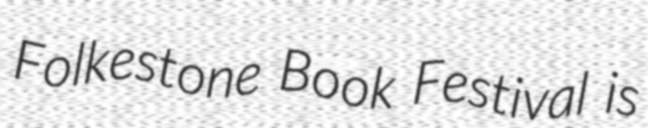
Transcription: Folkestone Book Festival is